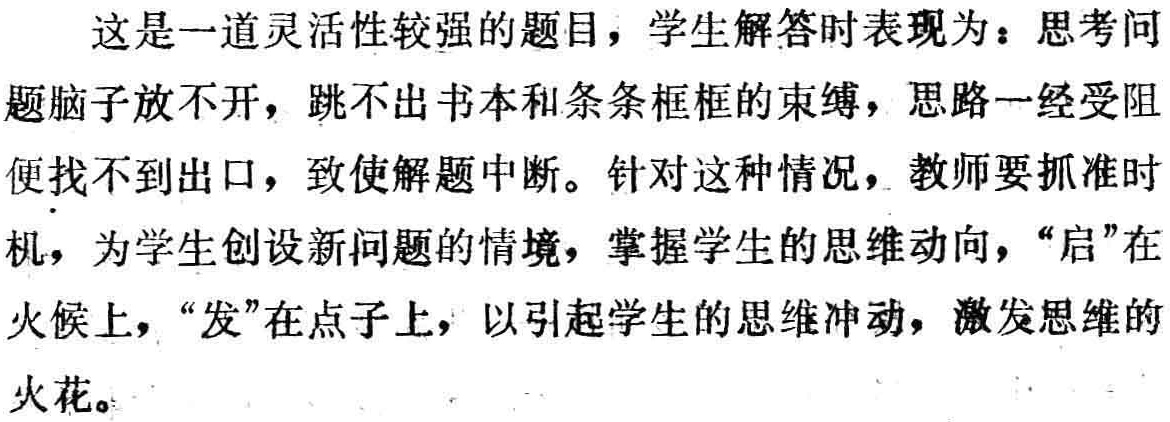
这是一道灵活性较强的题目，学生解答时表现为：思考问
题脑子放不开，跳不出书本和条条框框的束缚，思路一经受阻
便找不到出口，致使解题中断。针对这种情况，教师要抓准时
机，为学生创设新问题的情境，掌握学生的思维动向，“启”在
火候上，“发”在点子上，以引起学生的思维冲动，激发思维的
火花。